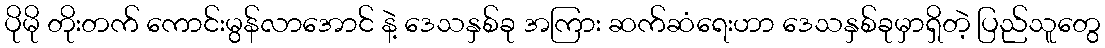
ပိုမို တိုးတက် ကောင်းမွန်လာအောင် နဲ့ ဒေသနှစ်ခု အကြား ဆက်ဆံရေးဟာ ဒေသနှစ်ခုမှာရှိတဲ့ ပြည်သူတွေ